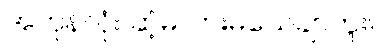
အကုန်လုံး ဆံ့မလားမသေချာဘူး။